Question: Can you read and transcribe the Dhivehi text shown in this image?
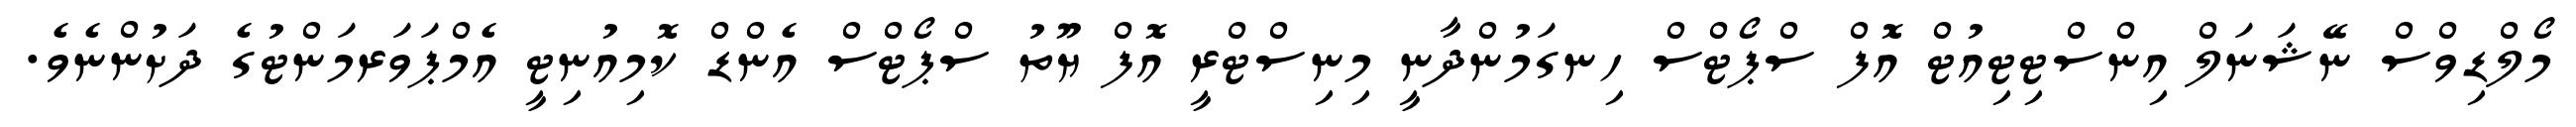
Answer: މޯލްޑިވްސް ނޭޝަނަލް އިންސްޓިޓިއުޓް އޮފް ސްޕޯޓްސް ހިނގަމުންދާނީ މިނިސްޓްރީ އޮފް ޔޫތު ސްޕޯޓްސް އެންޑް ކޮމިއުނިޓީ އެމްޕަވަރމަންޓުގެ ދަށުންނެވެ.